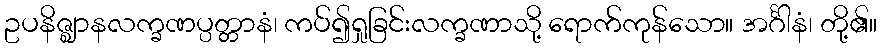
ဥပနိဇ္ဈာနလက္ခဏပ္ပတ္တာနံ၊ ကပ်၍ရှုခြင်းလက္ခဏာသို့ ရောက်ကုန်သော။ အင်္ဂါနံ၊ တို့၏။